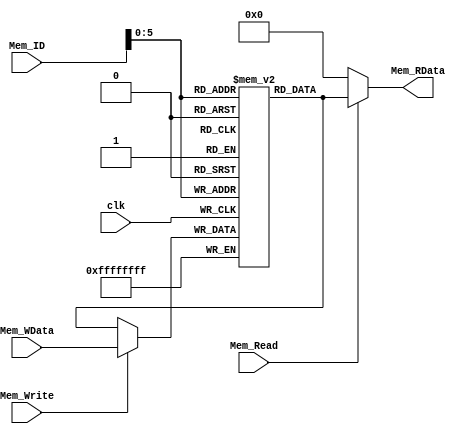
module DM(clk, Mem_ID, Mem_Write, Mem_Read, Mem_WData, Mem_RData);

	input 		clk;
	input 	[31:0] 	Mem_ID;
	input 		Mem_Write, Mem_Read;
	input 	[31:0] 	Mem_WData;
	output 	[31:0] 	Mem_RData;

	reg 	[31:0] 	DataMemory [63:0];

	//insert for checking TB
	wire	[31:0]	DM0 = DataMemory[0];
	wire	[31:0]	DM1 = DataMemory[1];
	wire	[31:0]	DM2 = DataMemory[2];
	wire	[31:0]	DM3 = DataMemory[3];
	wire	[31:0]	DM4 = DataMemory[4];
	wire	[31:0]	DM5 = DataMemory[5];
	wire	[31:0]	DM6 = DataMemory[6];
	wire	[31:0]	DM7 = DataMemory[7];
	wire	[31:0]	DM8 = DataMemory[8];
	wire	[31:0]	DM9 = DataMemory[9];
	wire	[31:0]	DM10 = DataMemory[10];
	wire	[31:0]	DM43 = DataMemory[43];
	wire	[31:0]	DM44 = DataMemory[44];
	wire	[31:0]	DM45 = DataMemory[45];
	wire	[31:0]	DM46 = DataMemory[46];
	wire	[31:0]	DM47 = DataMemory[47];
	wire	[31:0]	DM48 = DataMemory[48];
	
	assign Mem_RData =(Mem_Read) ? DataMemory[ Mem_ID ] : 32'b0;
		
	always@(negedge clk) begin
		DataMemory[ Mem_ID ] <= (Mem_Write) ?  Mem_WData : DataMemory[ Mem_ID ];
	end
	
endmodule